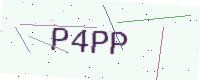
Text: P4PP